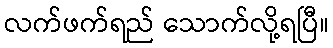
လက်ဖက်ရည် သောက်လို့ရပြီ။